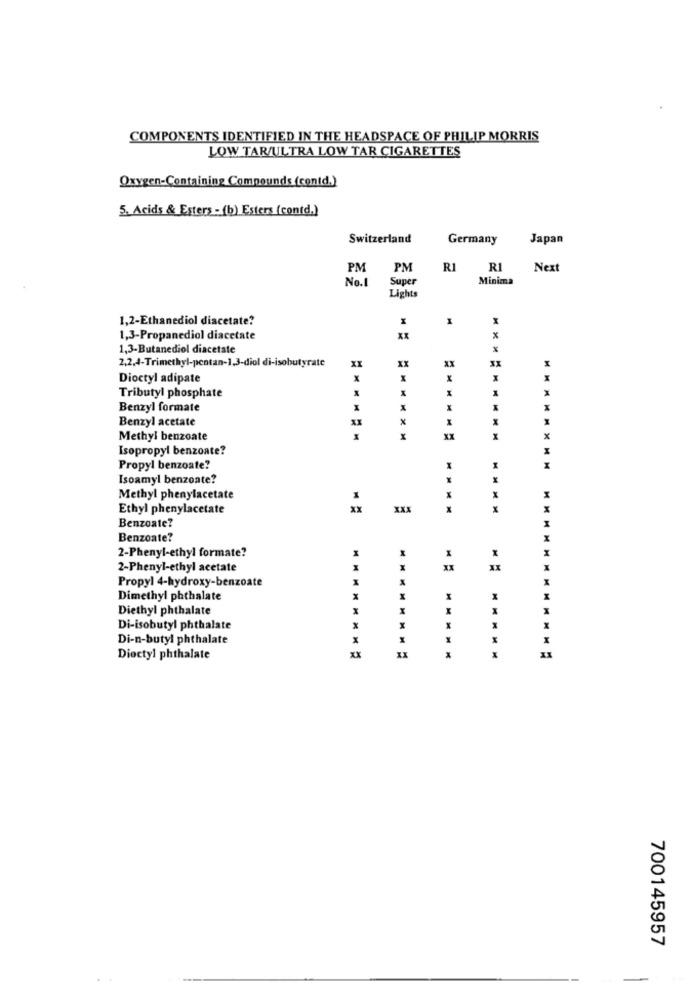
COMPONENTS IDENTIFIED IN THE HEADSPACE OF PHILIP MORRIS
LOW TAR/ULTRA LOW TAR CIGARETTES
Oxygen-Containing Compounds (contd.)
5. Acids & Esters - (b) Esters (contd.)
Switzerland
Germany
Japan
PM
PM
R1
RI
Next
No.1
Super
Minima
Lights
1,2-Ethanediol diacetate?
1,3-Propanediol diacetate
X
1,3-Butanediol diacetate
2,2,4-Trimethyl-pentan-1,3-diol di-isobutyrate
XI
XX
ax
XX
Dioctyl adipate
x
X
x
x
X
Tributyl phosphate
Benzyl formate
X
Benzyl acetate
XI
Methyl benzoate
x
x
Isopropyl benzoate?
Propyl benzoate?
X
Isoamyl benzoate?
Methyl phenylacetate
Ethyl phenylacetate
xx
MMMM
Benzoate?
I
Benzoate?
X
X
2-Phenyl-ethyl formate?
2-Phenyl-ethyl acetate
XX
Propyl 4-hydroxy-benzoate
X
Dimethyl phthalate
X
Diethyl phthalate
X
Di-isobutyl phthalate
X
X
Di-n-butyl phthalate
Dioctyl phthalate
700145957